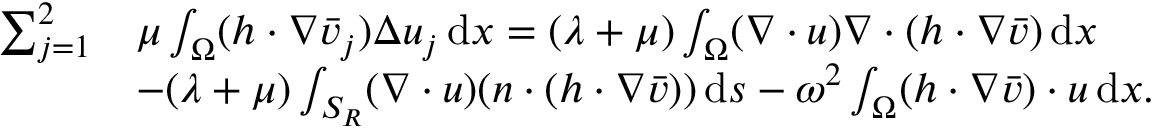
\begin{array} { r l } { \sum _ { j = 1 } ^ { 2 } } & { \mu \int _ { \Omega } ( h \cdot \nabla \bar { v } _ { j } ) \Delta { u } _ { j } \, \mathrm { d } x = ( \lambda + \mu ) \int _ { \Omega } ( \nabla \cdot u ) \nabla \cdot ( h \cdot \nabla \bar { v } ) \, \mathrm { d } x } \\ & { - ( \lambda + \mu ) \int _ { S _ { R } } ( \nabla \cdot u ) ( n \cdot ( h \cdot \nabla \bar { v } ) ) \, \mathrm { d } s - \omega ^ { 2 } \int _ { \Omega } ( h \cdot \nabla \bar { v } ) \cdot u \, \mathrm { d } x . } \end{array}